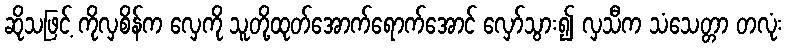
ဆိုသဖြင့် ကိုလှစိန်က လှေကို သူတို့ထုတ်အောက်ရောက်အောင် လှော်သွား၍ လှသီက သံသေတ္တာ တလုံး